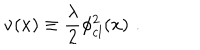
LaTeX: \nu ( x ) \equiv { \frac { \lambda } { 2 } } \phi _ { c l } ^ { 2 } ( x ) \, \, .